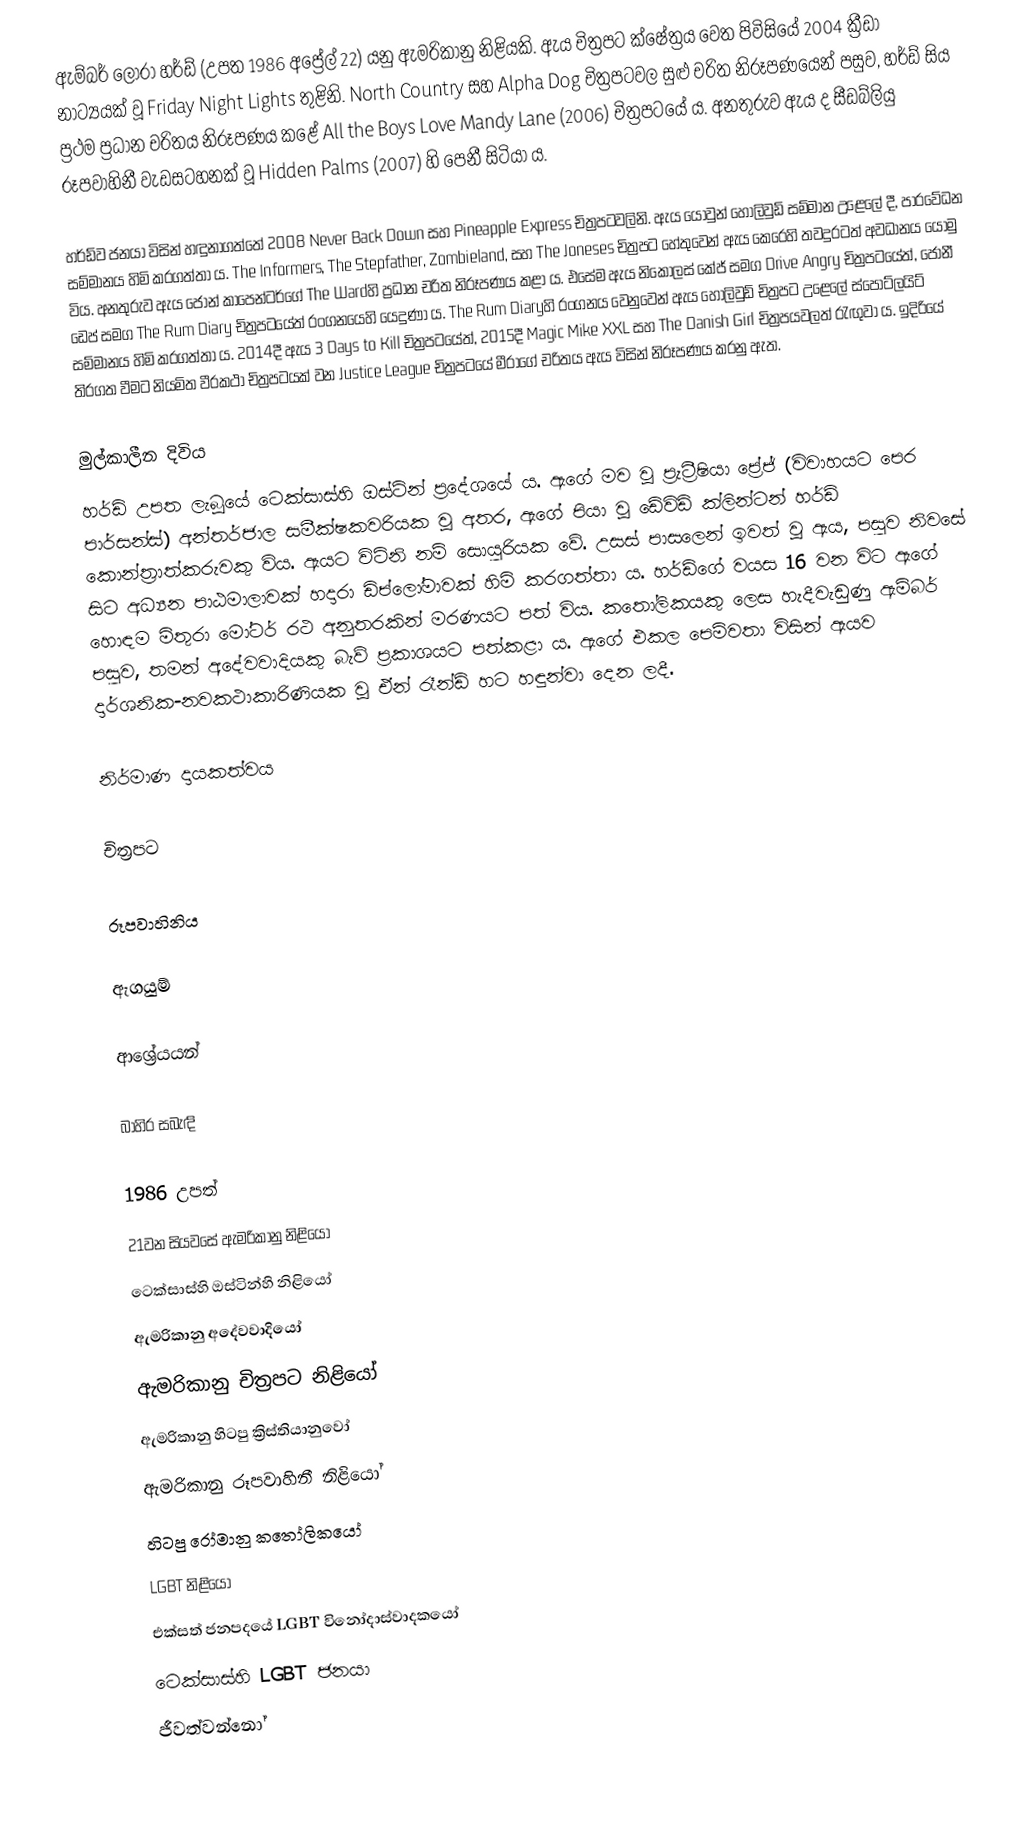
ඇම්බර් ලෝරා හර්ඩ් (උපත 1986 අප්‍රේල් 22) යනු ඇමරිකානු නිළියකි. ඇය චිත්‍රපට ක්ෂේත්‍රය වෙත පිවිසියේ 2004 ක්‍රීඩා නාට්‍යයක් වූ Friday Night Lights තුළිනි. North Country සහ Alpha Dog චිත්‍රපටවල සුළු චරිත නිරූපණයෙන් පසුව, හර්ඩ් සිය ප්‍රථම ප්‍රධාන චරිතය නිරූපණය කළේ All the Boys Love Mandy Lane (2006) චිත්‍රපටයේ ය. අනතුරුව ඇය ද සීඩබ්ලියු රූපවාහිනී වැඩසටහනක් වූ Hidden Palms (2007) හි පෙනී සිටියා ය.

හර්ඩ්ව ජනයා විසින් හඳුනාගත්තේ 2008 Never Back Down සහ Pineapple Express චිත්‍රපටවලිනි. ඇය යොවුන් හොලිවුඩ් සම්මාන උළෙලේ දී, පාරවේධන සම්මානය හිමි කරගත්තා ය. The Informers, The Stepfather, Zombieland, සහ The Joneses චිත්‍රපට හේතුවෙන් ඇය කෙරෙහි තවදුරටත් අවධානය යොමු විය. අනතුරුව ඇය ජෝන් කාපෙන්ටර්ගේ The Wardහි ප්‍රධාන චරිත නිරූපණය කළා ය. එසේම ඇය නිකොලස් කේජ් සමග Drive Angry චිත්‍රපටයේත්, ජොනී ඩෙප් සමග The Rum Diary චිත්‍රපටයේත් රංගනයෙහි යෙදුණා ය. The Rum Diaryහි රංගනය වෙනුවෙන් ඇය හොලිවුඩ් චිත්‍රපට උළෙලේ ස්පොට්ලයිට් සම්මානය හිමි කරගත්තා ය. 2014දී ඇය 3 Days to Kill චිත්‍රපටයේත්, 2015දී Magic Mike XXL සහ The Danish Girl චිත්‍රපයවලත් රැඟුවා ය. ඉදිරියේ තිරගත වීමට නියමිත වීරකථා චිත්‍රපටයක් වන Justice League චිත්‍රපටයේ මීරාගේ චරිතය ඇය විසින් නිරූපණය කරනු ඇත.

මුල්කාලීන දිවිය
හර්ඩ් උපත ලැබූයේ ටෙක්සාස්හි ඔස්ටින් ප්‍රදේශයේ ය. ඇගේ මව වූ ප්‍රැට්‍රීෂියා ප්‍රේජ් (විවාහයට පෙර පාර්සන්ස්) අන්තර්ජාල සමීක්ෂකවරියක වූ අතර, ඇගේ පියා වූ ඩේවිඩ් ක්ලින්ටන් හර්ඩ් කොන්ත්‍රාත්කරුවකු විය. ඇයට විට්නි නම් සොයුරියක වේ. උසස් පාසලෙන් ඉවත් වූ ඇය, පසුව නිවසේ සිට අධ්‍යන පාඨමාලාවක් හදාරා ඩිප්ලෝමාවක් හිමි කරගත්තා ය. හර්ඩ්ගේ වයස 16 වන විට ඇගේ හොඳම මිතුරා මෝටර් රථ අනුතරකින් මරණයට පත් විය. කතෝලිකයකු ලෙස හැදීවැඩුණු ඇම්බර් පසුව, තමන් අදේවවාදියකු බැව් ප්‍රකාශයට පත්කළා ය. ඇගේ එකල පෙම්වතා විසින් ඇයව දාර්ශනික-නවකථාකාරිණියක වූ ඒන් රෑන්ඩ් හට හඳුන්වා දෙන ලදී.

නිර්මාණ දායකත්වය

චිත්‍රපට

රූපවාහිනිය

ඇගයුම්

ආශ්‍රේයයන්

බාහිර සබැඳි

1986 උපත්
21වන සියවසේ ඇමරිකානු නිළියෝ
ටෙක්සාස්හි ඔස්ටින්හි නිළියෝ
ඇමරිකානු අදේවවාදියෝ
ඇමරිකානු චිත්‍රපට නිළියෝ
ඇමරිකානු හිටපු ක්‍රිස්තියානුවෝ
ඇමරිකානු රූපවාහිනී නිළියෝ
හිටපු රෝමානු කතෝලිකයෝ
LGBT නිළියෝ
එක්සත් ජනපදයේ LGBT විනෝදාස්වාදකයෝ
ටෙක්සාස්හි LGBT ජනයා
ජීවත්වන්නෝ